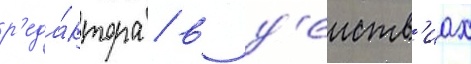
р'еда́ктора / в д'еиств'иах